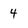
Character: 4